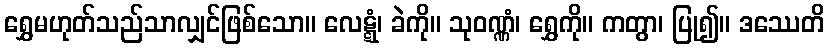
ရွှေမဟုတ်သည်သာလျှင်ဖြစ်သော။ လေဋ္ဋံ၊ ခဲကို။ သုဝဏ္ဏံ၊ ရွှေကို။ ကတွာ၊ ပြု၍။ ဒဿေတိ